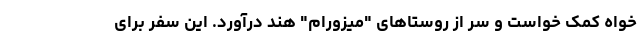
خواه کمک خواست و سر از روستاهای "میزورام" هند درآورد. این سفر برای